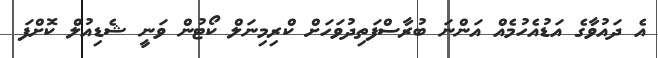
އެ ދައުވާގެ އަޑުއެހުމެއް އަންނަ ބުރާސްފަތިދުވަހަށް ކްރިމިނަލް ކޯޓުން ވަނީ ޝެޑިއުލް ކޮށްފަ